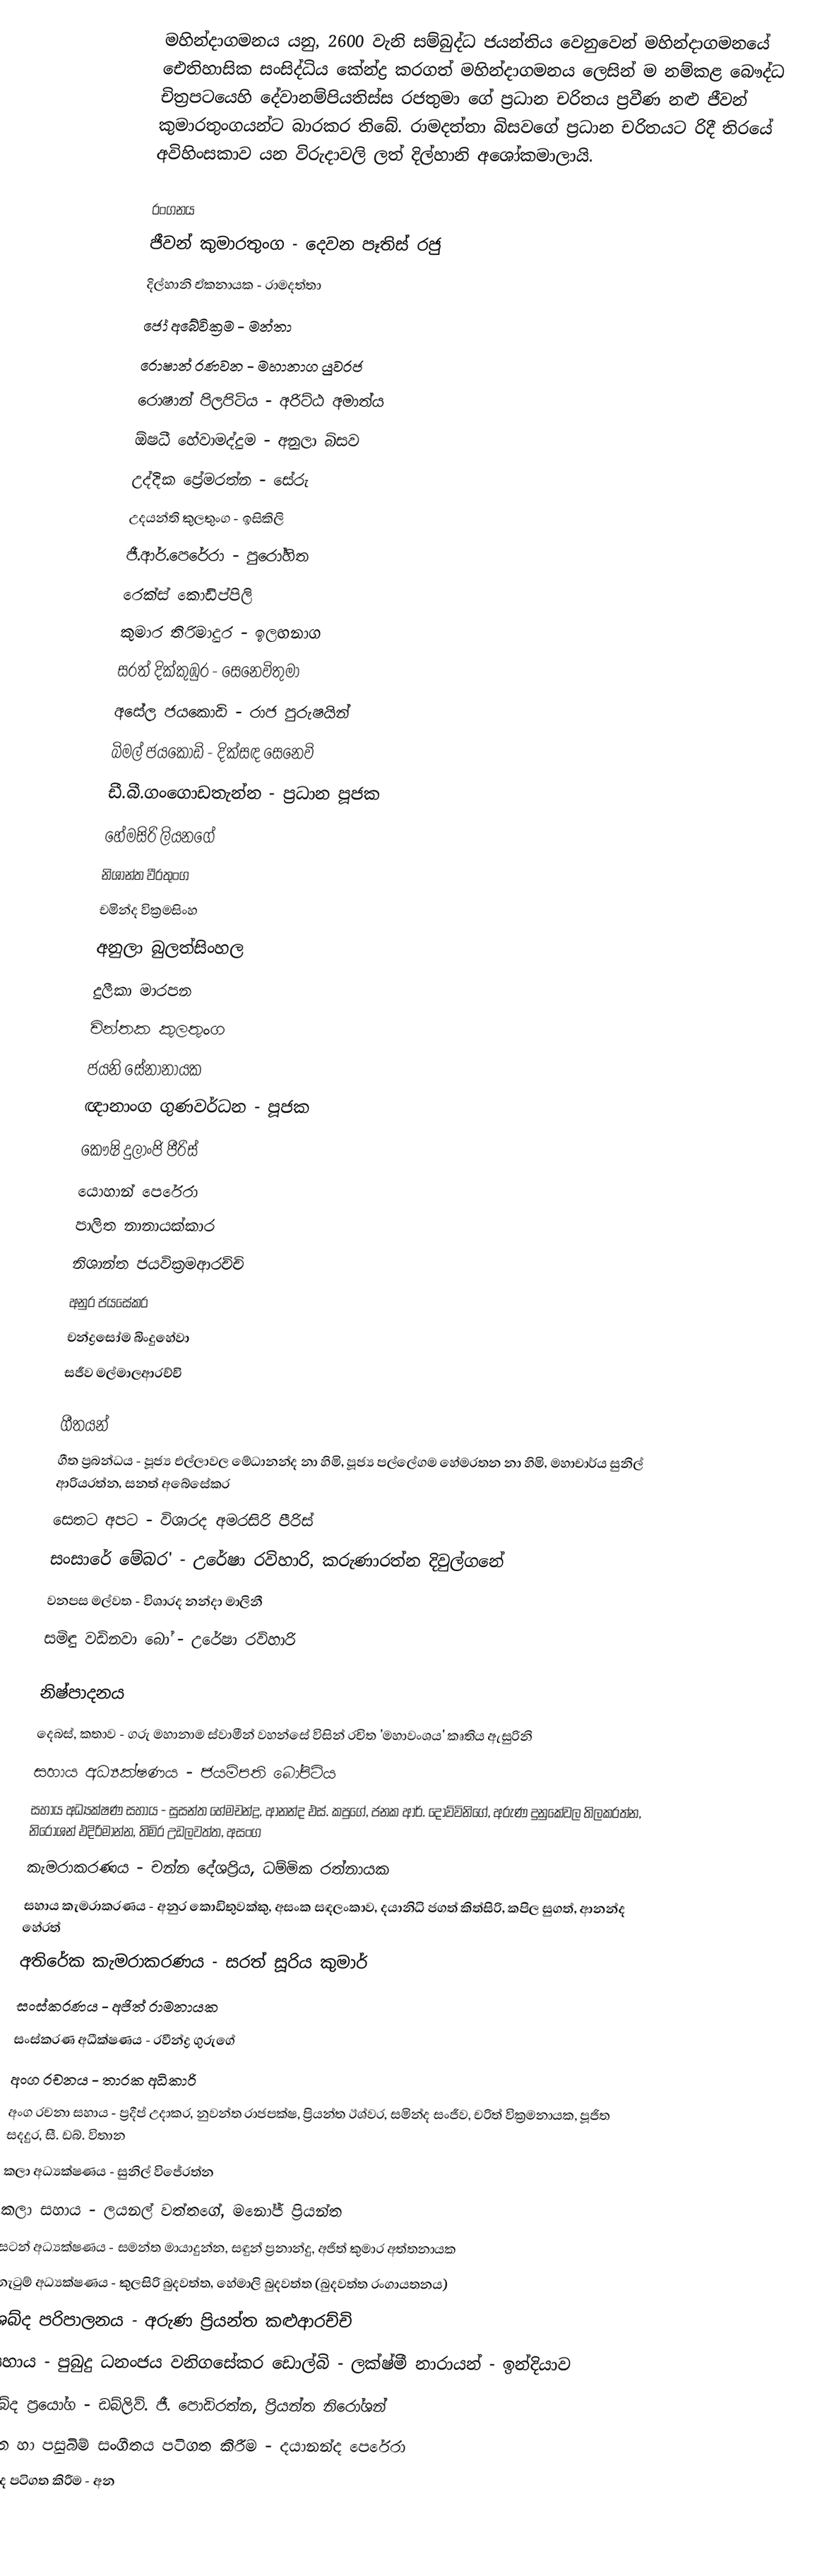
මහින්දාගමනය යනු, 2600 වැනි සම්බුද්ධ ජයන්තිය වෙනුවෙන් මහින්දාගමනයේ ඓතිහාසික සංසිද්ධිය කේන්ද්‍ර කරගත් මහින්දාගමනය ලෙසින් ම නම්කළ බෞද්ධ චිත්‍රපටයෙහි දේවානම්පියතිස්ස රජතුමා ගේ ප්‍රධාන චරිතය ප්‍රවීණ නළු ජීවන් කුමාරතුංගයන්ට බාරකර තිබේ. රාමදත්තා බිසවගේ ප්‍රධාන චරිතයට රිදී තිරයේ අවිහිංසකාව යන විරුදාවලි ලත් දිල්හානි අශෝකමාලායි.

රංගනය
ජීවන් කුමාරතුංග - දෙවන පෑතිස් රජු
දිල්හානි ඒකනායක - රාමදත්තා
ජෝ අබේවික්‍රම - මන්තා
රොෂාන් රණවන - මහානාග යුවරජ
රොෂාන් පිලපිටිය - අරිට්ඨ අමාත්ය
ඕෂධී හේවාමද්දුම - අනුලා බිසව
උද්දික ප්‍රේමරත්න - සේරු
උදයන්ති කුලතුංග - ඉසිකිලි
ජී.ආර්.පෙරේරා - පුරෝහිත
රෙක්ස් කොඩිප්පිලි
කුමාර තිරිමාදුර - ඉලඟනාග
සරත් දික්කුඹුර - සෙනෙවිතුමා
අසේල ජයකොඩි - රාජ පුරුෂයින්
බිමල් ජයකොඩි - දික්සඳ සෙනෙවි
ඩී.බී.ගංගොඩතැන්න - ප්‍රධාන පූජක
හේමසිරි ලියනගේ
නිශාන්ත වීරතුංග
චමින්ද වික්‍රමසිංහ
අනුලා බුලත්සිංහල
දුලීකා මාරපන
චින්තක කුලතුංග
ජයනි සේනානායක
ඥානාංග ගුණවර්ධන - පූජක
කෞෂි දුලාංජි පීරිස්
යොහාන් පෙරේරා
පාලිත නානායක්කාර
නිශාන්ත ජයවික්‍රමආරච්චි
අනුර ජයසේකර
චන්ද්‍රසෝම බිංදුහේවා
සජීව මල්මාලආරච්චි

ගීතයන්
ගීත ප්‍රබන්ධය - පූජ්‍ය එල්ලාවල මේධානන්ද නා හිමි, පූජ්‍ය පල්ලේගම හේමරතන නා හිමි, මහාචාර්ය සුනිල් ආරියරත්න, සනත් අබේසේකර
සෙතට අපට - විශාරද අමරසිරි පීරිස්
සංසාරේ මේබර' - උරේෂා රවිහාරි, කරුණාරත්න දිවුල්ගනේ
වනපස මල්වත - විශාරද නන්දා මාලිනී
සමිඳු වඩිනවා බෝ - උරේෂා රවිහාරි

නිෂ්පාදනය
දෙබස්,  කතාව - ගරු මහානාම ස්වාමීන් වහන්සේ විසින් රචිත 'මහාවංශය' කෘතිය ඇසුරිනි
සහාය අධ්‍යක්ෂණය - ජයම්පති බෝපිටිය
සහාය අධ්‍යක්ෂණ සහාය - සුසන්ත හේමචන්ද්‍ර, ආනන්ද එස්. කපුගේ, ජනක ආර්. දොව්විනිගේ, අරුණ දුනුකේවල තිලකරත්න, නිරෝශන් එදිරිමාන්න, තිමිර උඩලවත්ත, අසංග
කැමරාකරණය - චන්න දේශප්‍රිය, ධම්මික රත්නායක
සහාය කැමරාකරණය - අනුර කොඩිතුවක්කු, අසංක සඳලංකාව, දයානිධි ජගත් කිත්සිරි, කපිල සුගත්, ආනන්ද හේරත්
අතිරේක කැමරාකරණය - සරත් සූරිය කුමාර්
සංස්කරණය - අජිත් රාමනායක
සංස්කරණ අධීක්ෂණය - රවීන්ද්‍ර ගුරුගේ
අංග රචනය - තාරක අධිකාරි
අංග රචනා සහාය - ප්‍රදීප් උදාකර, නුවන්ත රාජපක්ෂ, ප්‍රියන්ත ඊශ්වර, සමින්ද සංජීව, චරිත් වික්‍රමනායක, පූජිත සදදුර, සී. ඩබ්. විතාන
කලා අධ්‍යක්ෂණය - සුනිල් විජේරත්න
කලා සහාය - ලයනල් වත්තගේ, මනෝජ් ප්‍රියන්ත
සටන් අධ්‍යක්ෂණය - සමන්ත මායාදුන්න, සඳුන් ප්‍රනාන්දු, අජිත් කුමාර අත්තනායක
නැටුම් අධ්‍යක්ෂණය - කුලසිරි බුදවත්ත, හේමාලි බුදවත්ත (බුදවත්ත රංගායතනය)
ශබ්ද පරිපාලනය - අරුණ ප්‍රියන්ත කළුආරච්චි
සහාය - පුබුදු ධනංජය වනිගසේකර ඩොල්බි - ලක්ෂ්මී නාරායන් - ඉන්දියාව
ශබ්ද ප්‍රයෝග - ඩබ්ලිව්. ජී. පොඩිරත්න, ප්‍රියන්ත නිරෝශන්
ගීත හා පසුබිම් සංගීතය පටිගත කිරීම - දයානන්ද පෙරේරා
ශබ්ද පටිගත කිරීම - අන